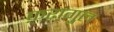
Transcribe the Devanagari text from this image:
फ़रागु़ल